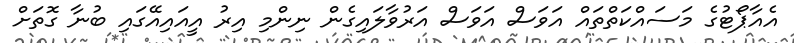
އެއާޕޯޓުގެ މަސައްކަތްތައް އަވަސް އަވަސް އަރުވާލައިގެން ނިންމި އިރު އީއައިއޭގައި ބުނާ ގޮތަށް